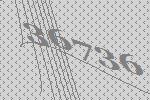
36736